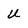
Character: u